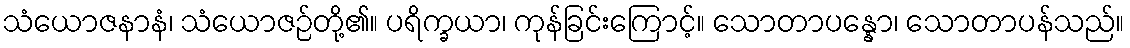
သံယောဇနာနံ၊ သံယောဇဉ်တို့၏။ ပရိက္ခယာ၊ ကုန်ခြင်းကြောင့်။ သောတာပန္နော၊ သောတာပန်သည်။